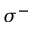
\sigma ^ { - }